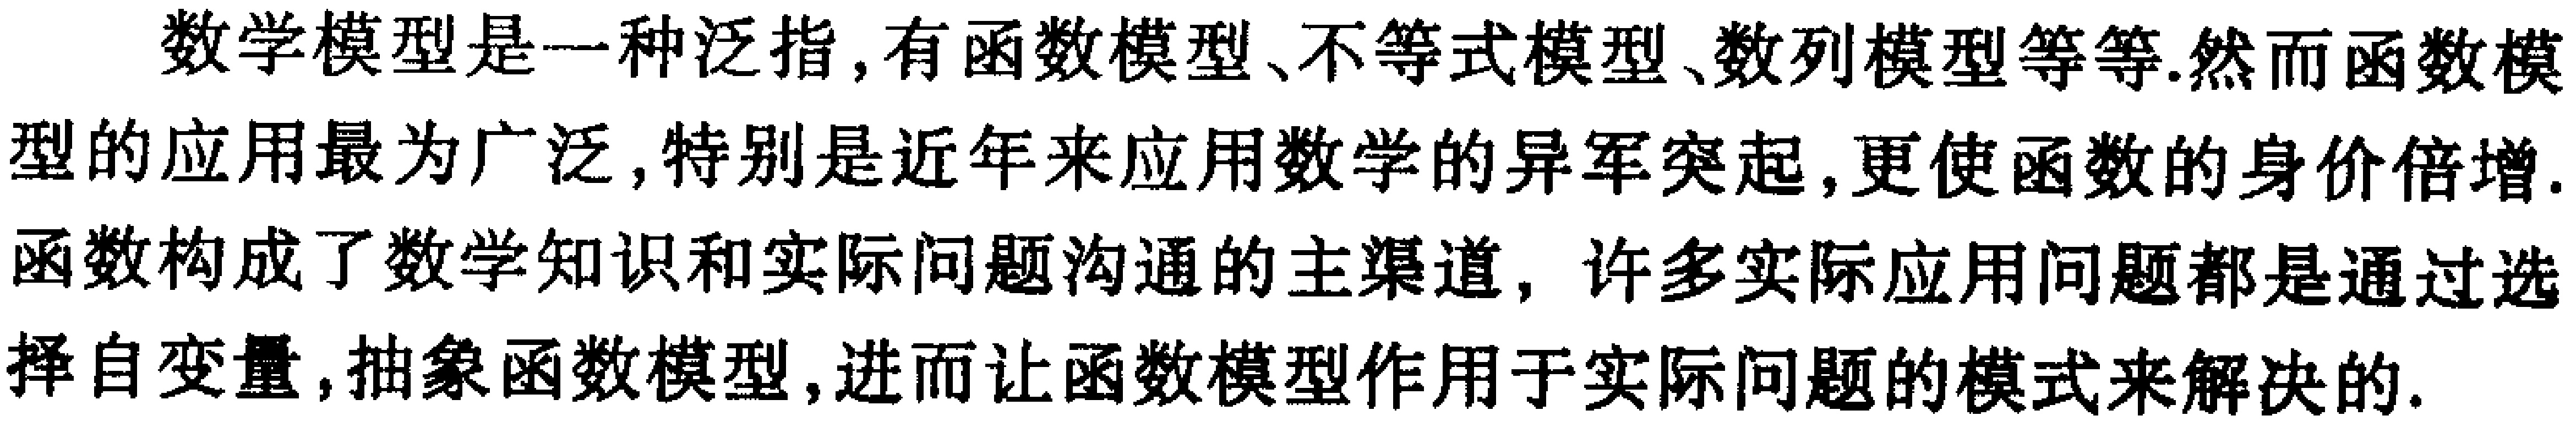
数学模型是一种泛指, 有函数模型、不等式模型、数列模型等等. 然而函数模型的应用最为广泛, 特别是近年来应用数学的异军突起, 更使函数的身价倍增. 函数构成了数学知识和实际问题沟通的主渠道, 许多实际应用问题都是通过选择自变量, 抽象函数模型, 进而让函数模型作用于实际问题的模式来解决的.